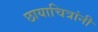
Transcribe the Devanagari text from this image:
छायाचित्रांनी